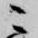
ニ